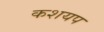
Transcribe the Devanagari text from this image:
कशयप